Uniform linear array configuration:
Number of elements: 12
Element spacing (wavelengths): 0.75
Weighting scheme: cosine
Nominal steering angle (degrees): -15
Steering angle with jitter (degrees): -13.619
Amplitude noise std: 0.05
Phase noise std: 0.05

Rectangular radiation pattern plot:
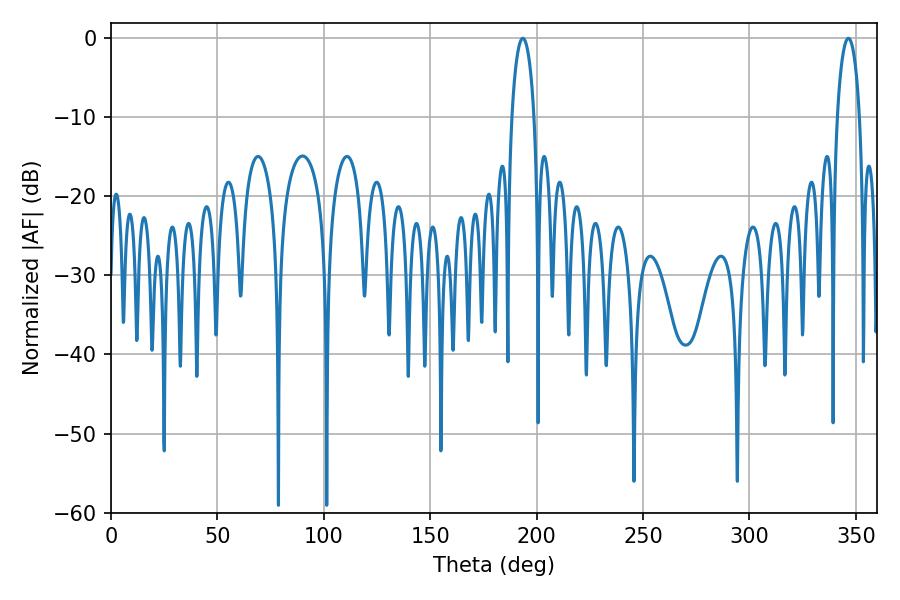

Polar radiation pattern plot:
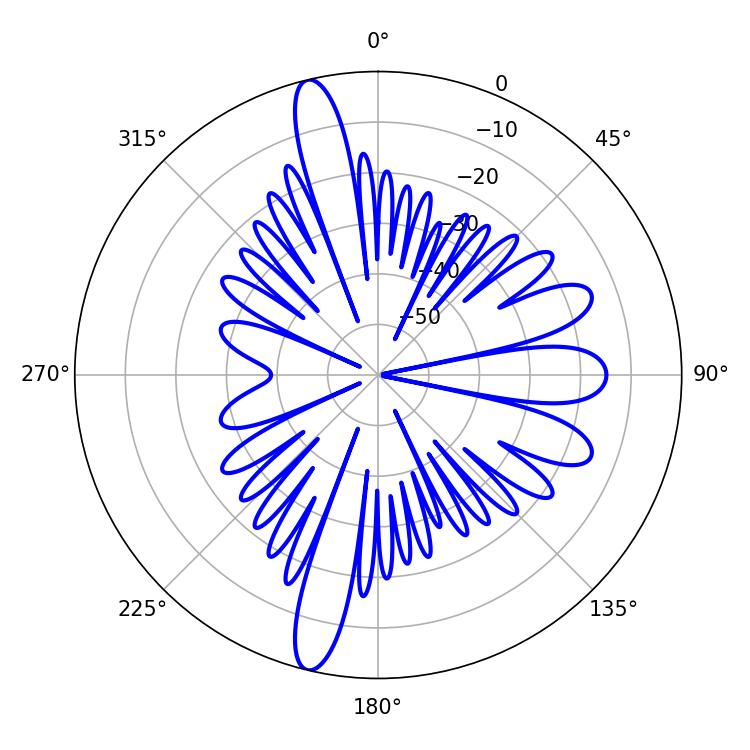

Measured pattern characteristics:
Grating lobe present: TRUE
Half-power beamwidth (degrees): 5.94
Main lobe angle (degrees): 193.5